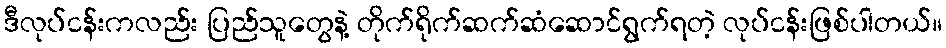
ဒီလုပ်ငန်းကလည်း ပြည်သူတွေနဲ့ တိုက်ရိုက်ဆက်ဆံဆောင်ရွက်ရတဲ့ လုပ်ငန်းဖြစ်ပါတယ်။